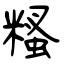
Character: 糔